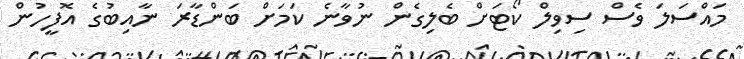
މައްސަލަ ވެސް ސިވިލް ކޯޓަށް ބެލިގެން ނުވާނެ ކަމަށް ބަންޑާރަ ނާއިބުގެ އޮފީހުން